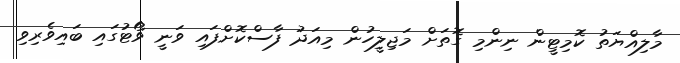
މާލިއްޔަތު ކޮމިޓީން ނިންމި ގޮތަށް މަޖިލީހުން މިއަދު ފާސްކޮށްފައި ވަނީ ވޯޓުގައި ބައިވެރިވި